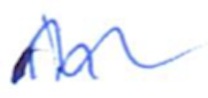
Text: in
Cross-out: wave
Writing tool: ballpoint